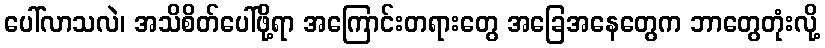
ပေါ်လာသလဲ၊ အသိစိတ်ပေါ်ဖို့ရာ အကြောင်းတရားတွေ အခြေအနေတွေက ဘာတွေတုံးလို့